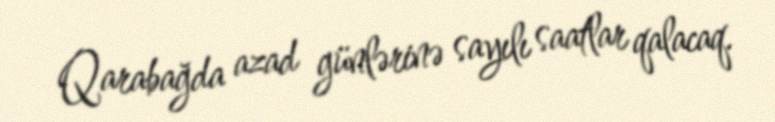
Qarabağda azad günlərinə sayılı saatlar qalacaq.